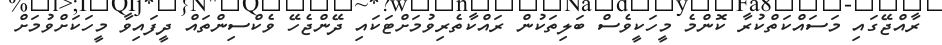
ރާއްޖޭގައި މަސައްކަތްކުރާ ކޮންމެ މީހަކީވެސް ބަލިތަކުން ރައްކާތެރިވުމަށްޓަކައި ދޭންޖެހޭ ވެކްސިންތައް ދީފައިވާ މީހަކަށްވުމަށް